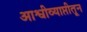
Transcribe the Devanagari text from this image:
आश्वीव्याप्तीतून